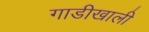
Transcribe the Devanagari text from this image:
गाडीखाली